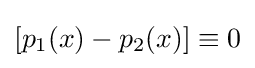
[p_{1}(x)-p_{2}(x)]\equiv 0